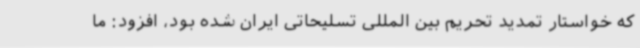
که خواستار تمدید تحریم بین المللی تسلیحاتی ایران شده بود، افزود: ما